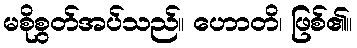
မစိုစွတ်အပ်သည်။ ဟောတိ၊ ဖြစ်၏။